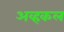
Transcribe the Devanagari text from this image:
अव्हकल